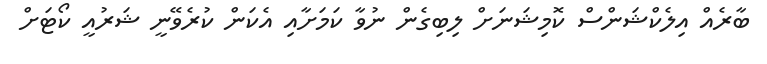
ބާރެއް އިލެކްޝަންސް ކޮމިޝަނަށް ލިބިގެން ނުވާ ކަމަށާއި އެކަން ކުރެވޭނީ ޝަރުއީ ކޯޓަށް